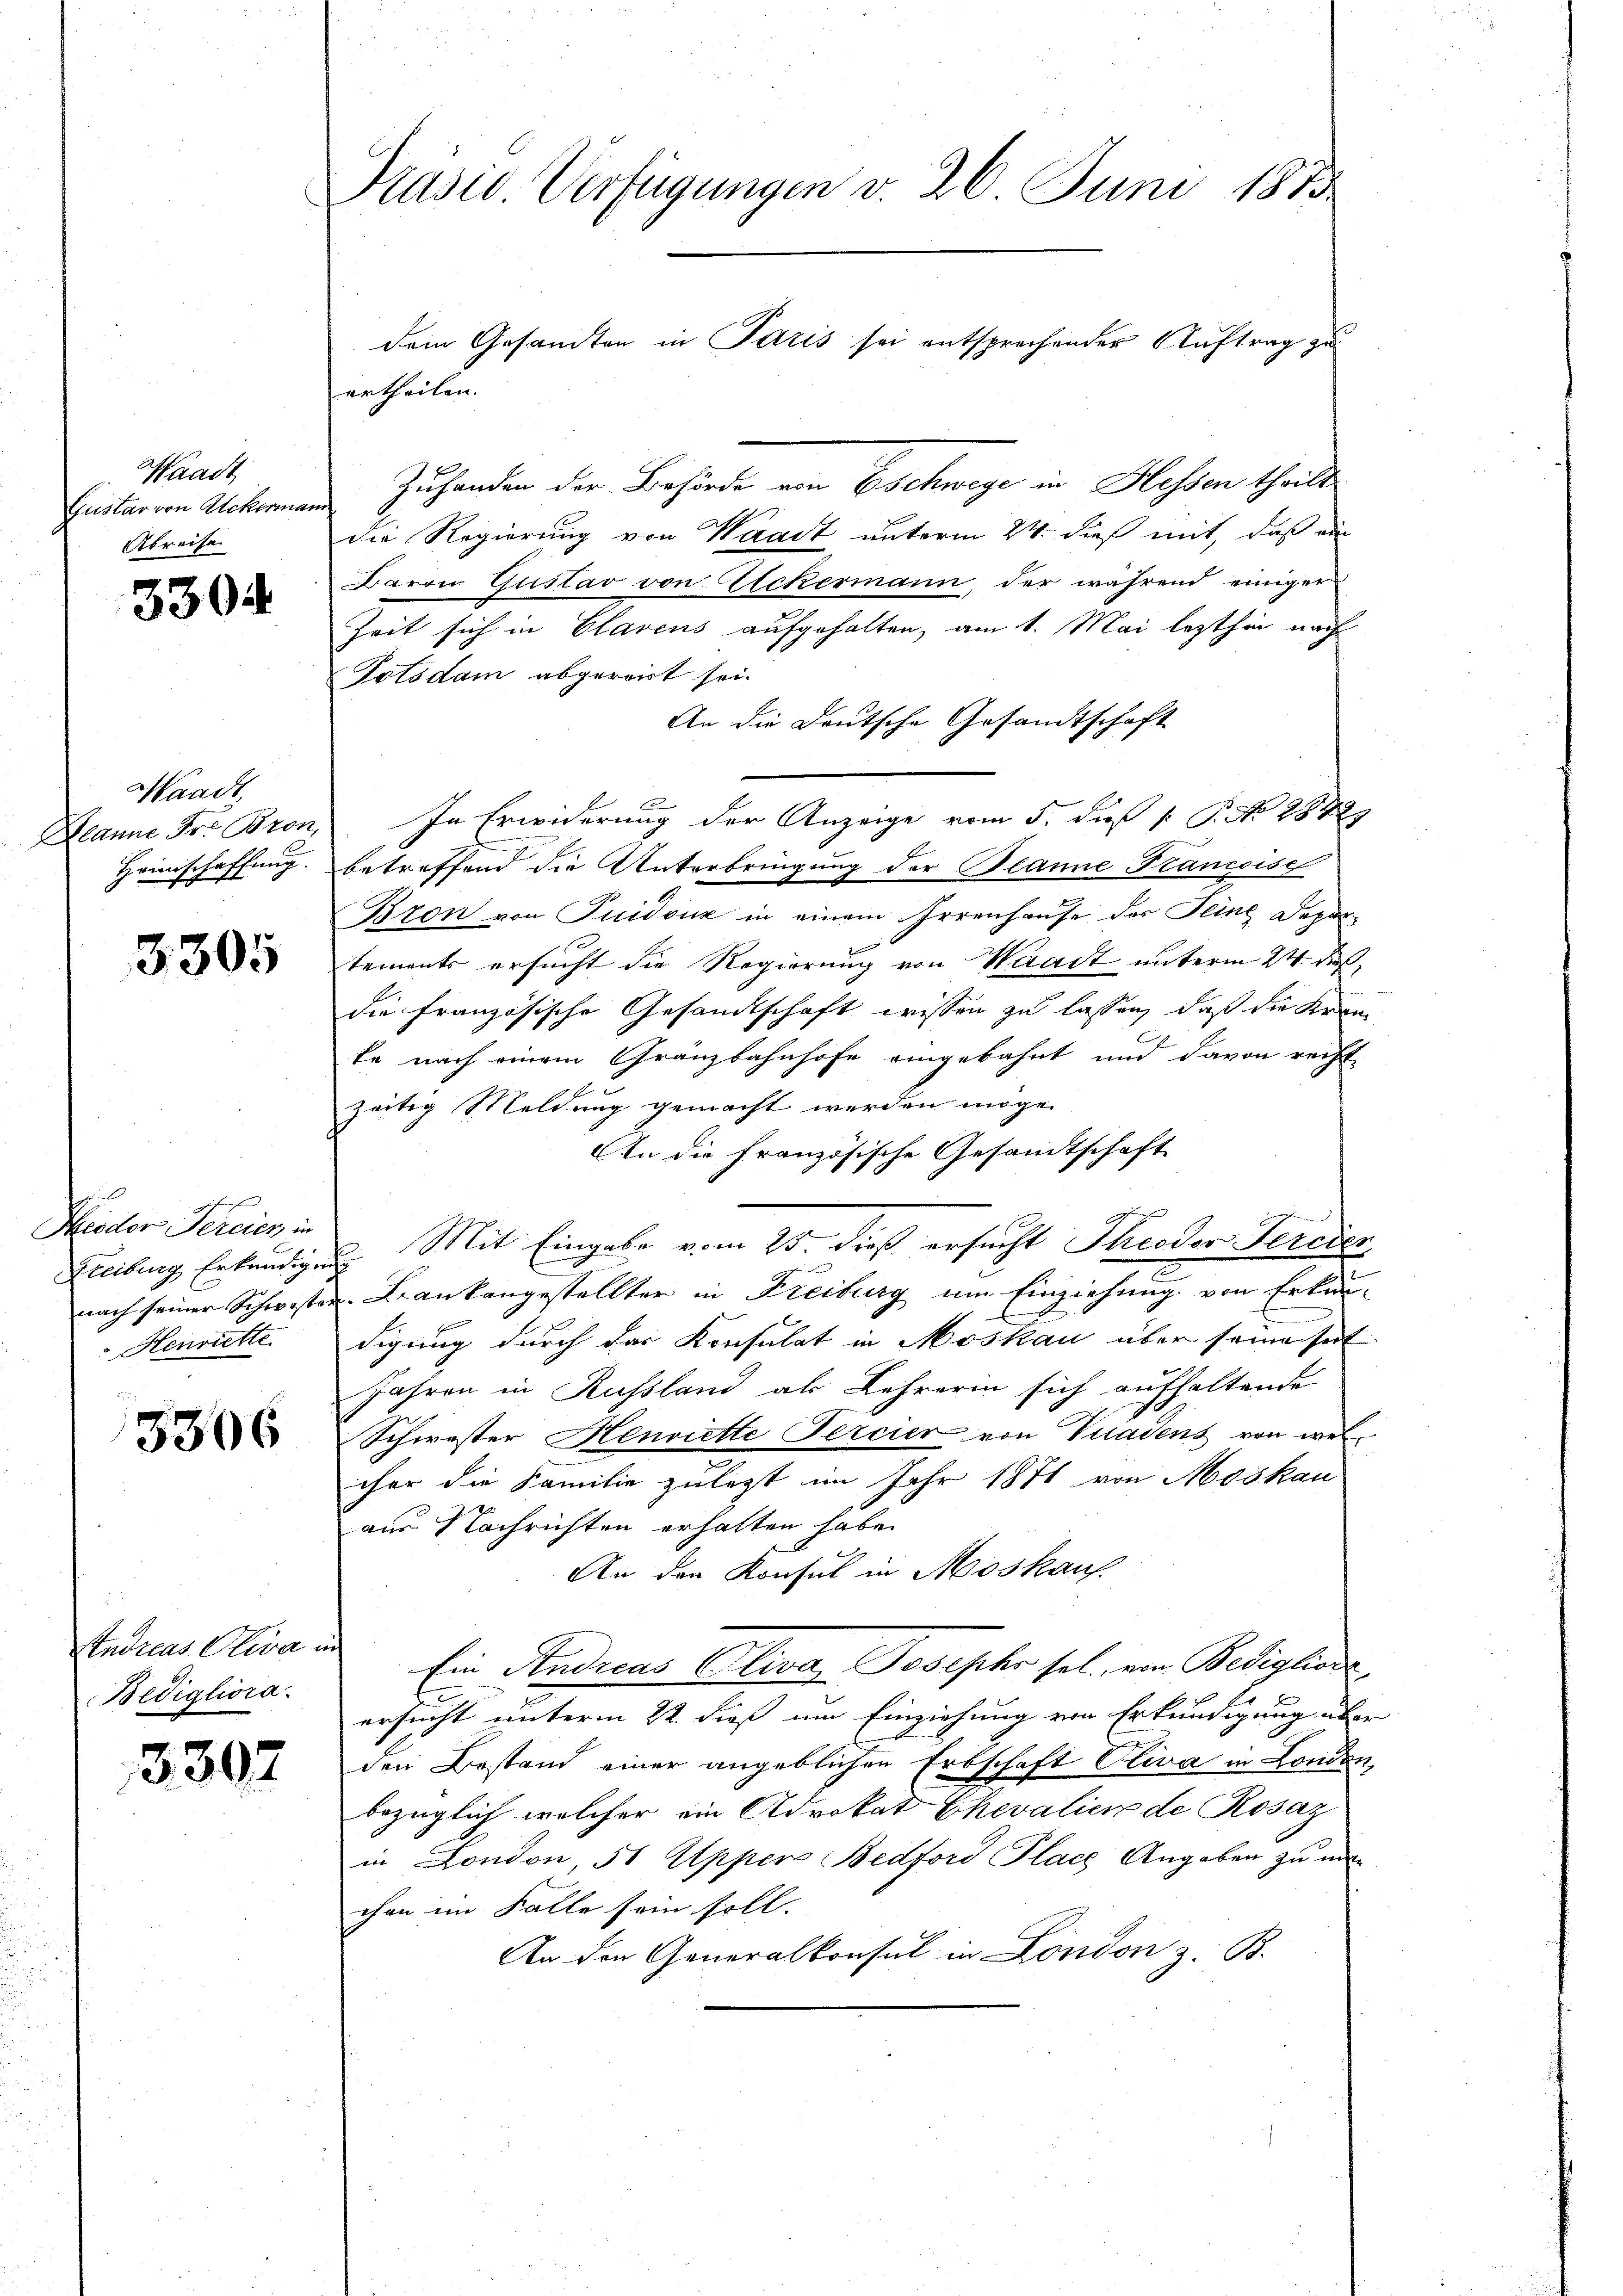
Waadt
Gustar von Ackerman
Abreise

3304

Waadt,
Manne Fr. Bron,
Heimschaffung.

3305

Hiodor Percier in
Freiburg Erkundigen
nach seiner Schweste.
Henriette

3306

Endreas Oliva in
Bedigliora.

3307

Präsio Verfügungen d. 26 Juni 1873
dein Gesandten in Paris sei entsprechender Auftrag zu

Zuhanden der Behörde von Eschwege in Hessen theilt
die Regierung von Waadt unterm 24. dieß mit, daß ein
Baron Gustav von Eckermann, der während einiger
Zeit sich in Glasens aufgehalten, am 1. Mai lezthin nach
Potsdam abgeroit sei.
An die Deutsche Gesandtschaft
In Erwiderung der Anzeige vom 5. daß P. No 2842.
betreffend die Unterbringung der Planne Plancoisc
Bron von Puidouz in einem Irrenhause des Feine Depar-
tements ersucht die Regierung von Waadt unterm 24. dieß,
die französische Gesandtschaft wissen zu lassen, daß die Kran
te nach einem Gränzbahnhofe eingebahnt und davon recht
zeitig Meldung gemacht werden möge.
An die französische Gesandtschaft
Mit Eingabe vom 25. dieß ersucht Theodor Percier
u
Bankangestellter in Freiburg um Einziehung von Erkun-
digung durch das Konsulat in Moskau über seine seit
Jahren in Russland als Lehrerin sich aufhaltende
Schwester Henriette Percier von Viadens von welcher die Familie zuletzt im Jahr 1871 von Moskau
aus Nachrichten erhalten habe.
An den Konsul in Moskauf
Ein Andreas Oliva, Josephs sel., von Bediglione
e
S
ersucht unterm 22. dieß um Einziehung von Erkundigung über
den Bestand einer angeblichen Erbschaft Oliva in London,
bezüglich welcher ein Advokat Chevalien de Rosaz
in London, 51 Appers Bedford Place Angaben zu un
chen im Falle sein soll.
An den Generalkonsul in London z. B.

ei
un
nat